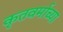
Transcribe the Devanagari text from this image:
कृतवर्माच्या